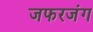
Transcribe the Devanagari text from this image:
जफरजंग